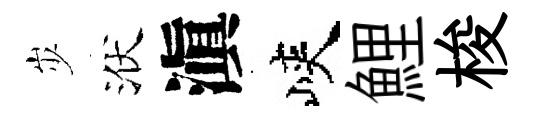
𡵯洑滇峽鯉梭